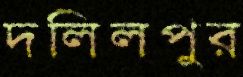
দলিলপুর